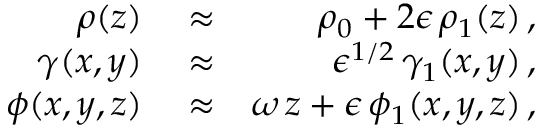
\begin{array} { r l r } { \rho ( z ) } & { { } \approx } & { \rho _ { 0 } + 2 \epsilon \, \rho _ { 1 } ( z ) \, , } \\ { \gamma ( x , y ) } & { { } \approx } & { \epsilon ^ { 1 / 2 } \, \gamma _ { 1 } ( x , y ) \, , } \\ { \phi ( x , y , z ) } & { { } \approx } & { \omega \, z + \epsilon \, \phi _ { 1 } ( x , y , z ) \, , } \end{array}